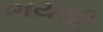
ભયથી